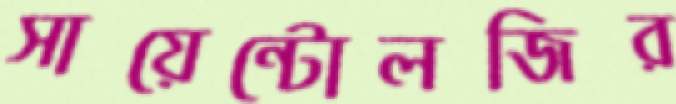
সায়েন্টোলজির